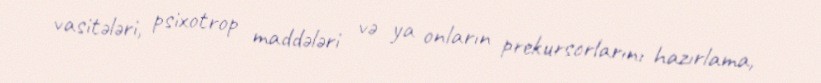
vasitələri, psixotrop maddələri və ya onların prekursorlarını hazırlama,